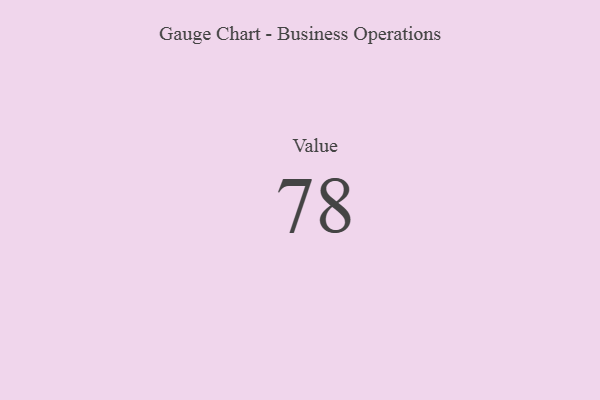
{"axis": {"x": "Metric", "y": "Value"}, "legend": [""], "data": [{"x": "Value", "y": 78, "type": ""}]}